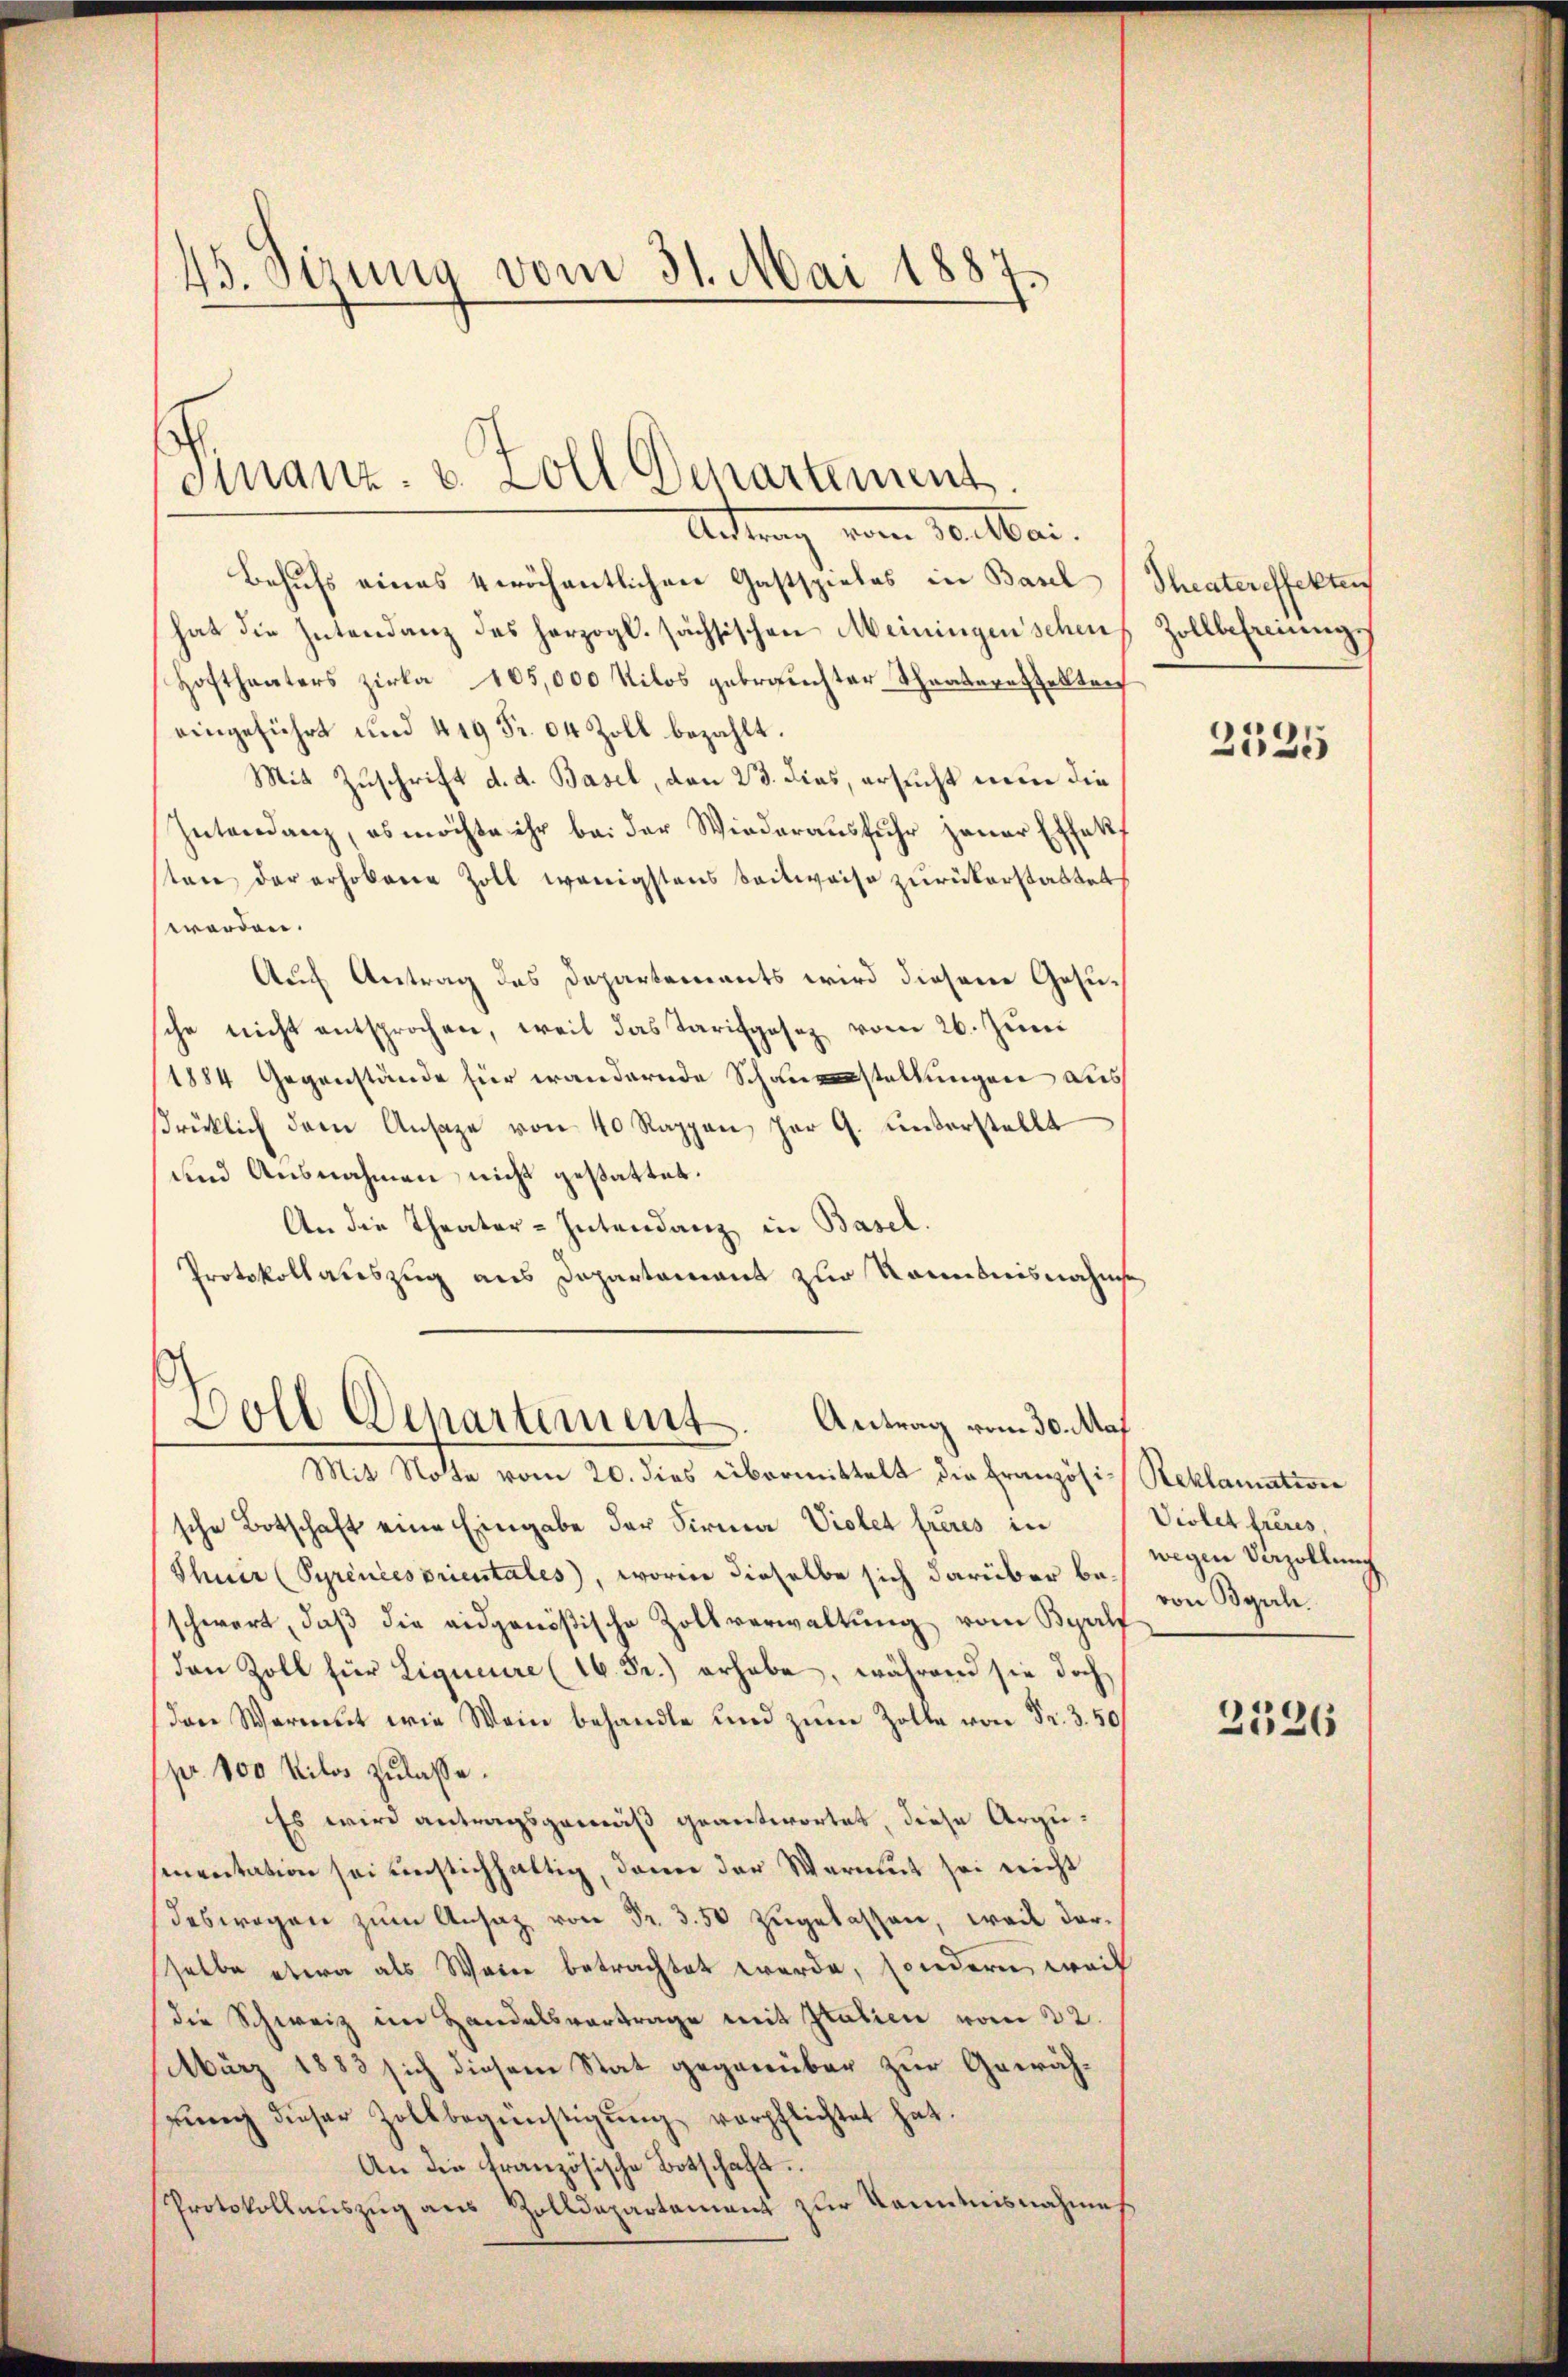
45. Sizung vom 31. Mai 1887.

Finanz- u. Soll Departement.
Antrag vom Teilbar.

Behufs eines 4 wöchentlichen Gastspieles in Basel
hat die Intendanz des herzogl. sächsischen Meiningen schen
Hoftheaters Zirka 105,000 Kilos gebrauchter Theaterstelltref
eingeführt und 419 Fr. 04 Zoll bezahlt.
Mit Zuschrift d. d. Basel, von 23. dies, ersucht nun die
Intendanz, es möchte ihr bei der Wiederaŭsfŭhr jener Effekt,
sten der erhobenen Zoll wenigstens Seilweise zurückerstattet
werden.
Auch Antrag des Departements wird diesem Gesuche nicht entsprochen, weil das Tarifgasez vom 26. Juni
1884 Gegenstände für wandernde Schauenstellungen aus
srücklich dem Ansage von 40 Rappen har G. unterstellt
und Ausnahmen nicht gestattet.
An die Theater-Intendanz in Basel.
Protokollauszug aus Departament zur Kenntnisnahme

Soll Departement. Antrag vom 30. Maj

Mit Note vom 20. dies übermittelt die Französi-Reklamation
sche Botschaft eine Eingabe der Firma Violet freies in (Violettreues,
Thuir (Syrences orientales, worin dieselbe sich darüber beschwert, daß die eidgenößische Zollverwaltung vom Byrlf
den Zoll für Ligueure (16. Fr.) erhabe, während sie doch
(den Wermut wie Wein behandle und zŭm Zolle von Fr. 3. 50
pr. 100 Kilos zulasse.
Es wird antragsgemäß geantwortet, diese Argusmentation sei unstichhaltig, dann der Wermut sei nicht
deswegen zum Ansatz von Fr. 3. 50 zugelassen, weil darselbe etwa als Waren betrachtet werde, sondern, weil
die Schweiz im Handelsvortrage mit Italien vom 22.
März 1883 sich diesem Stat gegenüber zur Gewährŭng dieser Zollbegünstigŭng verpflichtet hat.
An die französische Botschaft.
Protokollauszug aus Zolldepartement zur Kenntnisnahme

Theateroffekten
Zollbefreiungs

2535

wegen Verzöllung
von Byrch.

2526